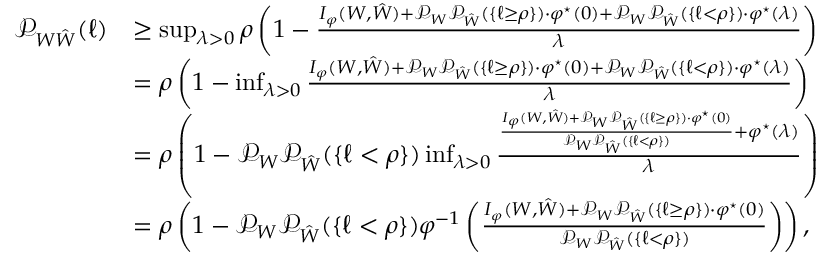
\begin{array} { r l } { \mathcal { P } _ { W \hat { W } } ( \ell ) } & { \geq \operatorname* { s u p } _ { \lambda > 0 } \rho \left( 1 - \frac { I _ { \varphi } ( W , \hat { W } ) + \mathcal { P } _ { W } \mathcal { P } _ { \hat { W } } ( \{ \ell \geq \rho \} ) \cdot \varphi ^ { \star } ( 0 ) + \mathcal { P } _ { W } \mathcal { P } _ { \hat { W } } ( \{ \ell < \rho \} ) \cdot \varphi ^ { \star } ( \lambda ) } { \lambda } \right) } \\ & { = \rho \left( 1 - \operatorname* { i n f } _ { \lambda > 0 } \frac { I _ { \varphi } ( W , \hat { W } ) + \mathcal { P } _ { W } \mathcal { P } _ { \hat { W } } ( \{ \ell \geq \rho \} ) \cdot \varphi ^ { \star } ( 0 ) + \mathcal { P } _ { W } \mathcal { P } _ { \hat { W } } ( \{ \ell < \rho \} ) \cdot \varphi ^ { \star } ( \lambda ) } { \lambda } \right) } \\ & { = \rho \left( 1 - \mathcal { P } _ { W } \mathcal { P } _ { \hat { W } } ( \{ \ell < \rho \} ) \operatorname* { i n f } _ { \lambda > 0 } \frac { \frac { I _ { \varphi } ( W , \hat { W } ) + \mathcal { P } _ { W } \mathcal { P } _ { \hat { W } } ( \{ \ell \geq \rho \} ) \cdot \varphi ^ { \star } ( 0 ) } { \mathcal { P } _ { W } \mathcal { P } _ { \hat { W } } ( \{ \ell < \rho \} ) } + \varphi ^ { \star } ( \lambda ) } { \lambda } \right) } \\ & { = \rho \left( 1 - \mathcal { P } _ { W } \mathcal { P } _ { \hat { W } } ( \{ \ell < \rho \} ) \varphi ^ { - 1 } \left( \frac { I _ { \varphi } ( W , \hat { W } ) + \mathcal { P } _ { W } \mathcal { P } _ { \hat { W } } ( \{ \ell \geq \rho \} ) \cdot \varphi ^ { \star } ( 0 ) } { \mathcal { P } _ { W } \mathcal { P } _ { \hat { W } } ( \{ \ell < \rho \} ) } \right) \right) , } \end{array}